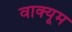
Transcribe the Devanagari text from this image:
वाक्यूम